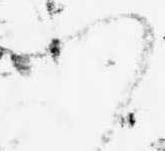
つ